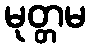
မုတ္တမ